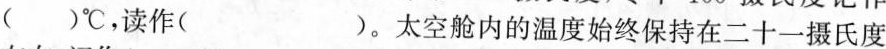
( )℃，读作( )。太空舱内的温度始终保持在二十一摄氏度